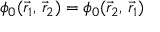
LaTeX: \phi _ { 0 } ( { \vec { r } } _ { 1 } , \, { \vec { r } } _ { 2 } ) = \phi _ { 0 } ( { \vec { r } } _ { 2 } , \, { \vec { r } } _ { 1 } )